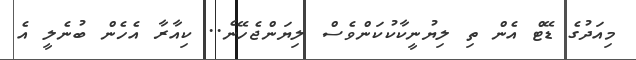
މިއަދުގެ ޑޭޓް އެން ތި ލިޔުނީކާކުކަންވެސް ލިޔަންޖެހޭނެ.. ކިއާރާ އެހެން ބުނެލީ އެ